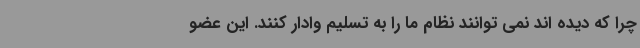
چرا که دیده اند نمی توانند نظام ما را به تسلیم وادار کنند. این عضو